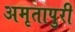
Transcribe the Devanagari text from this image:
अमृतापुरी